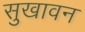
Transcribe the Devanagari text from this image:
सुखावन